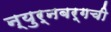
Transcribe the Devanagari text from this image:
न्युर्नबर्गची